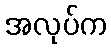
အလုပ်က